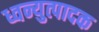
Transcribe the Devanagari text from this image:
ध्वन्युत्पादक